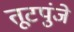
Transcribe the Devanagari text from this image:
तूटपुंजे